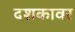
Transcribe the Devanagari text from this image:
दशकावर